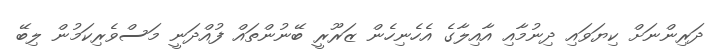
ދަރިންނަށް ކިޔަވައި ދިނުމާއި އާއިލާގެ އެހެނިހެން ޒަރޫރީ ބޭނުންތައް ފުއްދަނީ މަސްވެރިކަމުން ލިބޭ